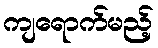
ကျရောက်မည့်